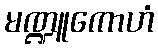
မဏ္ဍူကောဟံ